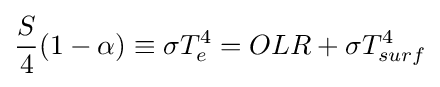
{\frac {S}{4}}(1-\alpha )\equiv \sigma T_{e}^{4}=OLR+\sigma T_{surf}^{4}